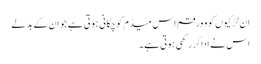
ان لڑکیوں کو وہ رقم اس میڈم کو چکانی ہوتی ہے جو ان کے بدلے
اس نے ادا کر رکھی ہوتی ہے۔